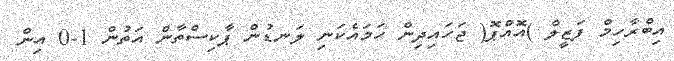
އިބްރާހިމް ފަޒީލް )އޮއްޕޮ( ޖަހައިދިން ހަމައެކަނި ލަނޑުން ޕާކިސްތާން އަތުން 1-0 އިން